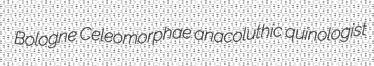
Bologne Celeomorphae anacoluthic quinologist